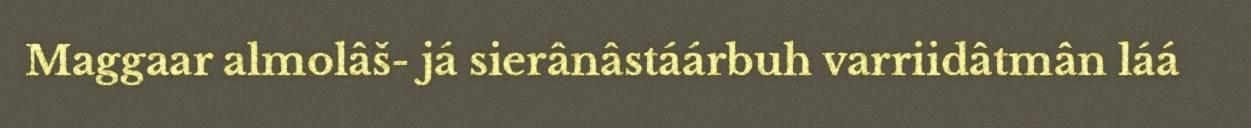
Maggaar almolâš- já sierânâstáárbuh varriidâtmân láá